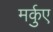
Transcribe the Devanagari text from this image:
मर्कुए